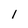
Character: 1